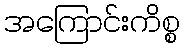
အကြောင်းကိစ္စ